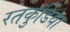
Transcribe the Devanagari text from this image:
रतकुडिया